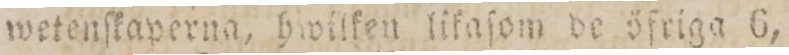
wetenſkaperna, hwilfen lifaſom de öfriga 6,